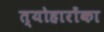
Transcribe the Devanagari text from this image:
त्योहारोंका